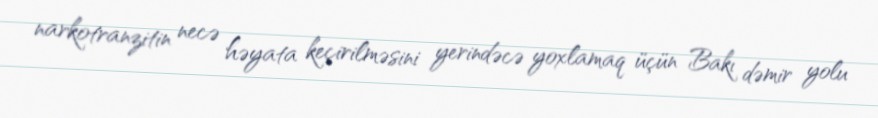
narkotranzitin necə həyata keçirilməsini yerindəcə yoxlamaq üçün Bakı dəmir yolu